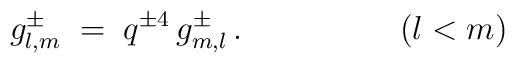
g_{l,m}^\pm \;=\; q^{\pm 4}\,g^\pm_{m,l}\,.\hspace{2cm}(l<m)